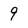
Character: 9